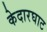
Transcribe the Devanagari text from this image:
केदारघाट